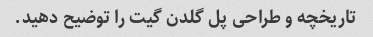
تاریخچه و طراحی پل گلدن گیت را توضیح دهید.